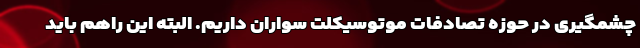
چشمگیری در حوزه تصادفات موتوسیکلت سواران داریم. البته این راهم باید